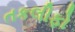
તકલીફો